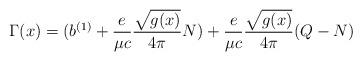
LaTeX: \begin{align*}\Gamma(x) =(b^{(1)} + {e \over \mu c}{\sqrt{g(x)}\over 4\pi}N) + {e \over \mu c}{\sqrt{g(x)}\over 4\pi}(Q-N)\end{align*}